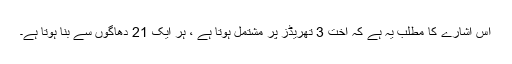
اس اشارے کا مطلب یہ ہے کہ اخت 3 تھریڈز پر مشتمل ہوتا ہے ، ہر ایک 21 دھاگوں سے بنا ہوتا ہے۔